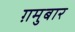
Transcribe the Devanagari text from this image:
ग़मुबार